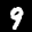
Label: 9